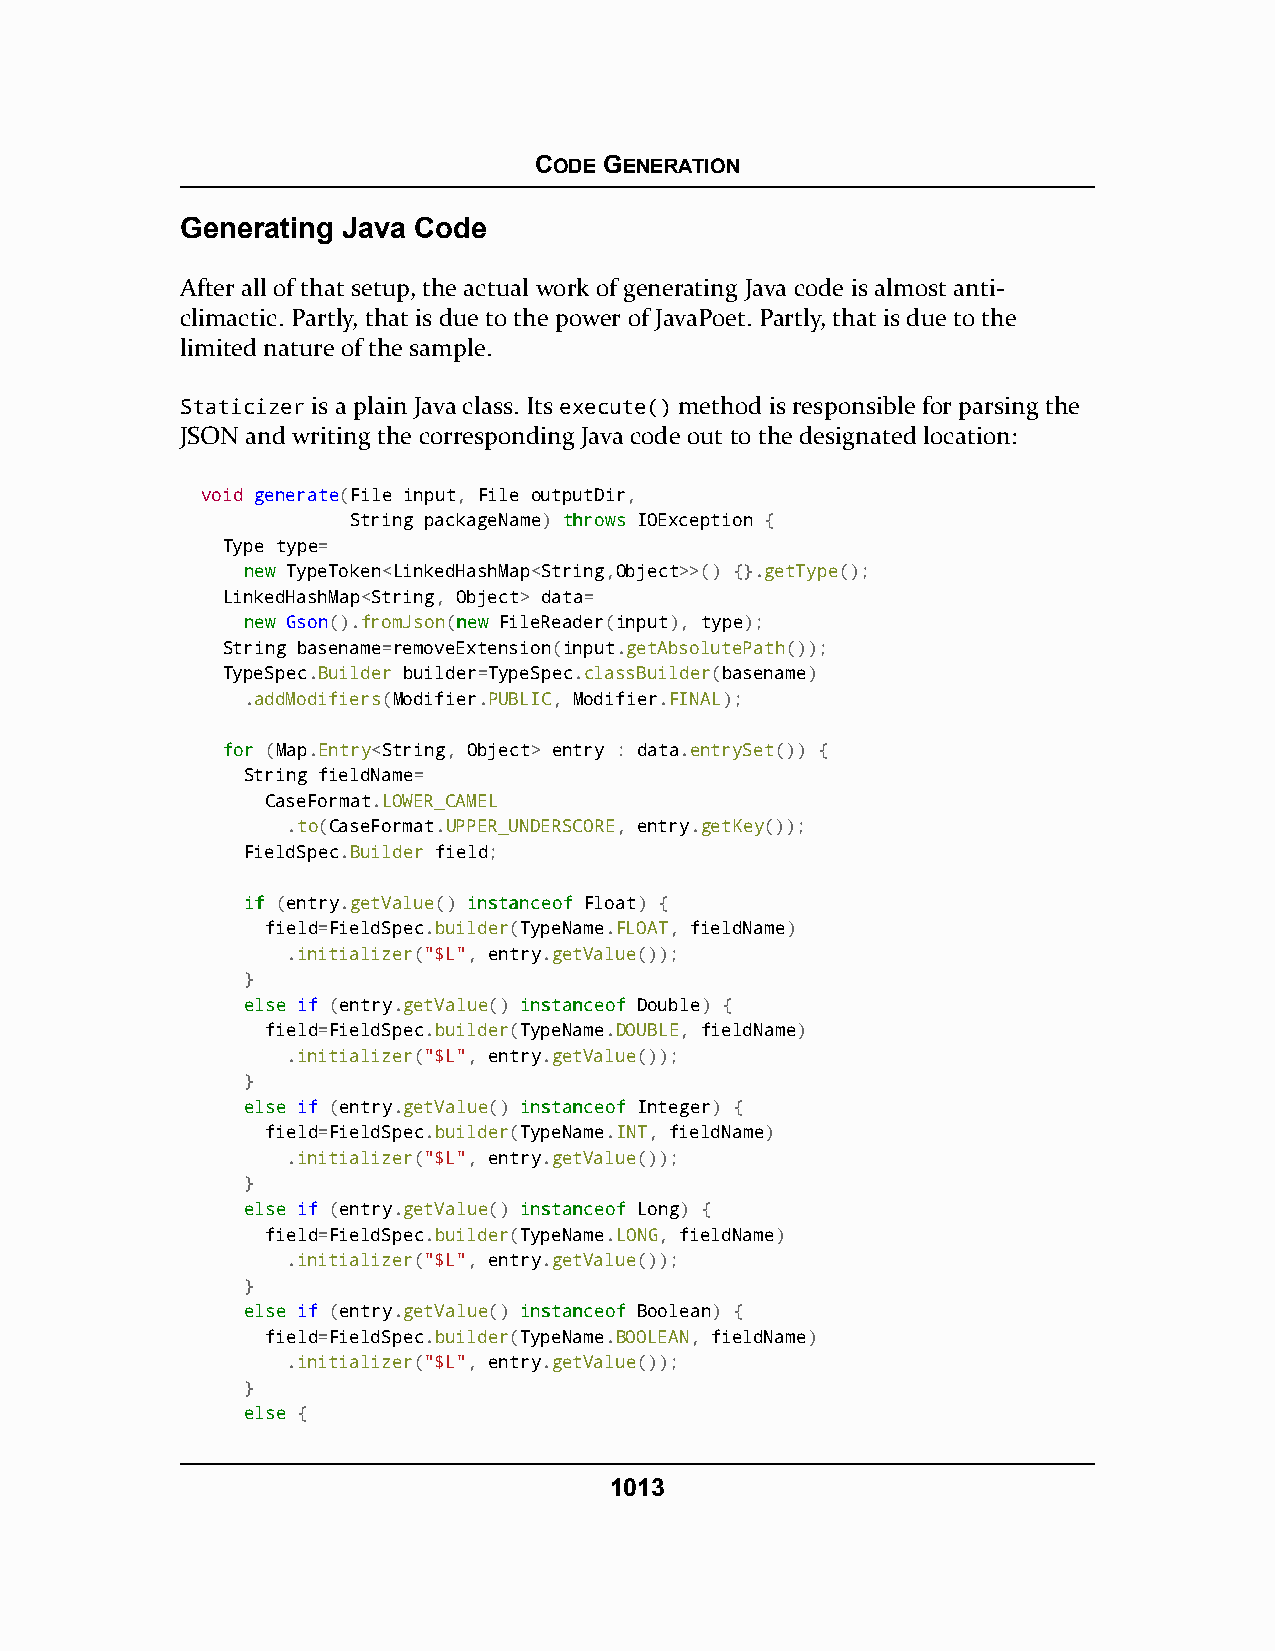
CODE GENERATION
 Generating Java Code
 After all of that setup, the actual work of generating Java code is almost anti-
 climactic. Partly, that is due to the power of JavaPoet. Partly, that is due to the
 limited nature of the sample.
 Staticizer is a plain Java class. Its execute() method is responsible for parsing the
 JSON and writing the corresponding Java code out to the designated location:
 void generate(File input, File outputDir,
 String packageName) tthhrroowwss IOException {
 Type type=
 nneeww TypeToken<LinkedHashMap<String,Object>>() {}.getType();
 LinkedHashMap<String, Object> data=
 nneeww Gson().fromJson(nneeww FileReader(input), type);
 String basename=removeExtension(input.getAbsolutePath());
 TypeSpec.Builder builder=TypeSpec.classBuilder(basename)
 .addModifiers(Modifier.PUBLIC, Modifier.FINAL);
 ffoorr (Map.Entry<String, Object> entry : data.entrySet()) {
 String fieldName=
 CaseFormat.LOWER_CAMEL
 .to(CaseFormat.UPPER_UNDERSCORE, entry.getKey());
 FieldSpec.Builder field;
 iiff (entry.getValue() iinnssttaanncceeooff Float) {
 field=FieldSpec.builder(TypeName.FLOAT, fieldName)
 .initializer("$L", entry.getValue());
 }
 eellssee if (entry.getValue() iinnssttaanncceeooff Double) {
 field=FieldSpec.builder(TypeName.DOUBLE, fieldName)
 .initializer("$L", entry.getValue());
 }
 eellssee if (entry.getValue() iinnssttaanncceeooff Integer) {
 field=FieldSpec.builder(TypeName.INT, fieldName)
 .initializer("$L", entry.getValue());
 }
 eellssee if (entry.getValue() iinnssttaanncceeooff Long) {
 field=FieldSpec.builder(TypeName.LONG, fieldName)
 .initializer("$L", entry.getValue());
 }
 eellssee if (entry.getValue() iinnssttaanncceeooff Boolean) {
 field=FieldSpec.builder(TypeName.BOOLEAN, fieldName)
 .initializer("$L", entry.getValue());
 }
 eellssee {
 1013